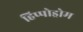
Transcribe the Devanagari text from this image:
हिप्पोड्रोम